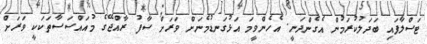
ޓަސްލާފައި ބަދަލުކުރަމުން އެގެންދަނީ. އެހެންވީމަ އަޅުގަނޑުމެނަށް ވަރަށް ސާފު ރާއްޖޭގެ މުއައްސަސާތަކަކީ ވަރަށް